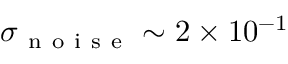
\sigma _ { \mathrm { ~ n ~ o ~ i ~ s ~ e ~ } } \sim 2 \times 1 0 ^ { - 1 }